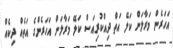
އަހަރެން މަރާލަން ކަލޭ އަތް ދިއްކުރިއަސް ކަލޭ މަރާލަން އަހަރެންގެ އަތެއް ދިކެއް